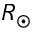
R _ { \odot }